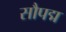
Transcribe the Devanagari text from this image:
सौपद्म